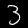
Label: 3